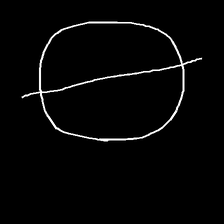
Glyph: orb